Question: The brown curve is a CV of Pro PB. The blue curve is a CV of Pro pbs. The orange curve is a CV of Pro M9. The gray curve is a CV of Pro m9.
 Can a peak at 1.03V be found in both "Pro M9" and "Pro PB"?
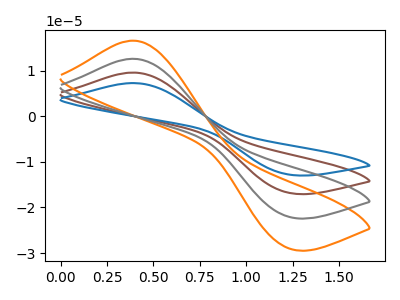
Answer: <think>The brown curve "Pro PB" has an anodic peak at (0.40V, 25.35uA) and a cathodic peak at (1.25V, -44.00uA). The blue curve "Pro pbs" has an anodic peak at (0.40V, 38.00uA) and a cathodic peak at (1.25V, -66.00uA). The orange curve "Pro M9" has an anodic peak at (0.40V, 16.65uA) and a cathodic peak at (1.25V, -28.90uA). The gray curve "Pro m9" has an anodic peak at (0.40V, 12.65uA) and a cathodic peak at (1.25V, -22.00uA).</think>
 <answer>No, "Pro M9" and "Pro PB" dont share a peak at 1.03V.</answer>
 <eval>mismatch</eval>